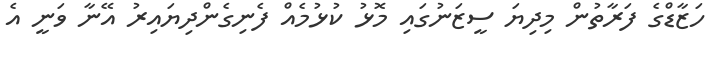
ހަޒާޑްގެ ފަރާތުން މިދިޔަ ސީޒަނުގައި މޮޅު ކުޅުމެއް ފެނިގެންދިޔައިރު އޭނާ ވަނީ އެ